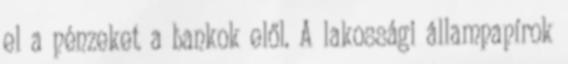
el a pénzeket a bankok elől. A lakossági állampapírok